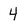
Character: 4